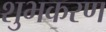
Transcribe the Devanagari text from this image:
शुभकरण